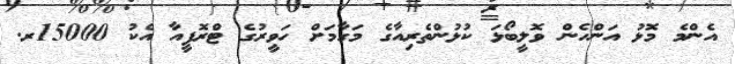
އެންމެ މޮޅު އަންހެން ވޮލީބޯޅަ ކުޅުންތެރިއާގެ މަގާމަށް ހަވީރުގެ ޓްރޮފީއާ އެކު 15000ރ.